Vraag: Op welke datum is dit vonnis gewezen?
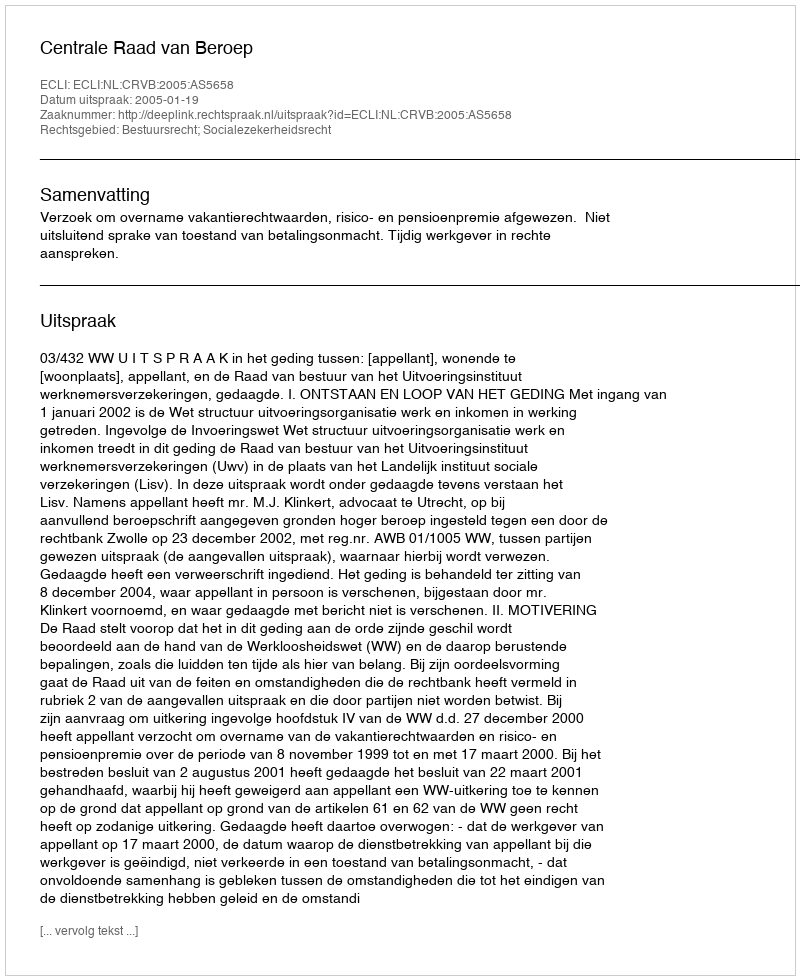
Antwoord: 2005-01-19